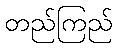
တည်ကြည်